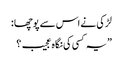
لڑکی نے اس سے پوچھا :
”یہ کسی کی نگاہ عجیب ؟